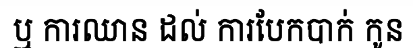
ឬ ការឈាន ដល់ ការបែកបាក់ កូន